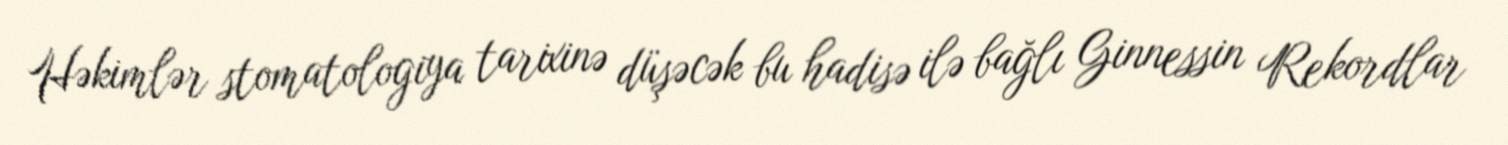
Həkimlər stomatologiya tarixinə düşəcək bu hadisə ilə bağlı Ginnessin Rekordlar